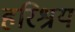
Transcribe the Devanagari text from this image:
हरिश्रय